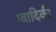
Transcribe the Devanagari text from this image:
ग्वादिकी